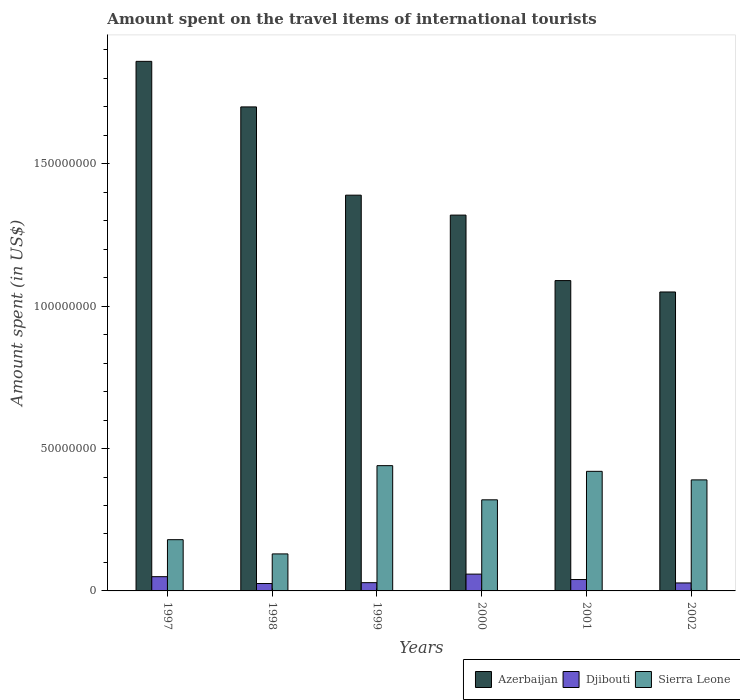
| Years | Azerbaijan | Djibouti | Sierra Leone |
 | --- | --- | --- | --- |
 | 1997 | 1.86e+08 | 5e+06 | 1.8e+07 |
 | 1998 | 1.7e+08 | 2.6e+06 | 1.3e+07 |
 | 1999 | 1.39e+08 | 2.9e+06 | 4.4e+07 |
 | 2000 | 1.32e+08 | 5.9e+06 | 3.2e+07 |
 | 2001 | 1.09e+08 | 4e+06 | 4.2e+07 |
 | 2002 | 1.05e+08 | 2.8e+06 | 3.9e+07 |